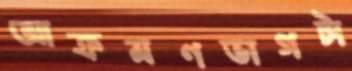
আক্রমণভাগটা